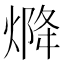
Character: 𤌅